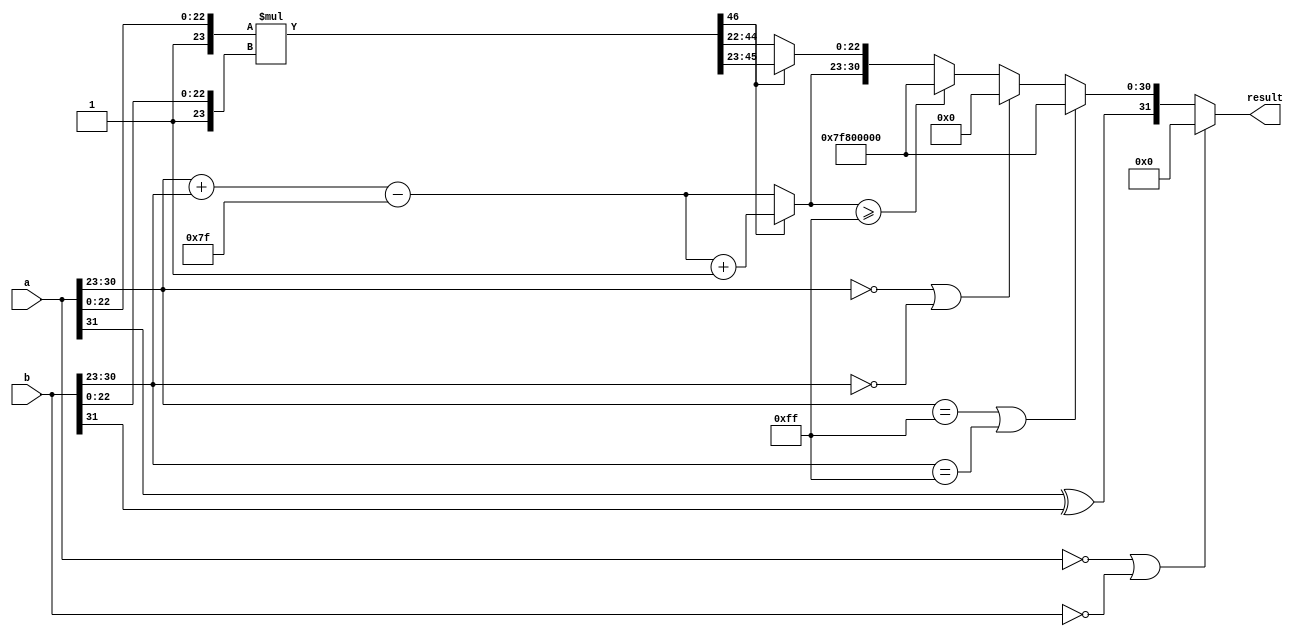
module floating_point_multiplier #(
    parameter EXPONENT_BITS = 8, // Number of exponent bits
    parameter MANTISSA_BITS = 23  // Number of mantissa bits
)(
    input wire [EXPONENT_BITS + MANTISSA_BITS:0] a, // First floating-point number
    input wire [EXPONENT_BITS + MANTISSA_BITS:0] b, // Second floating-point number
    output reg [EXPONENT_BITS + MANTISSA_BITS:0] result // Resulting floating-point number
);

    // Constants
    localparam BIAS = (1 << (EXPONENT_BITS - 1)) - 1;

    // Internal signals
    wire sign_a = a[EXPONENT_BITS + MANTISSA_BITS]; // Sign bit of a
    wire sign_b = b[EXPONENT_BITS + MANTISSA_BITS]; // Sign bit of b
    wire [EXPONENT_BITS - 1:0] exp_a = a[EXPONENT_BITS + MANTISSA_BITS - 1: MANTISSA_BITS]; // Exponent of a
    wire [EXPONENT_BITS - 1:0] exp_b = b[EXPONENT_BITS + MANTISSA_BITS - 1: MANTISSA_BITS]; // Exponent of b
    wire [MANTISSA_BITS:0] mant_a = {1'b1, a[MANTISSA_BITS - 1:0]}; // Mantissa of a with implicit leading 1
    wire [MANTISSA_BITS:0] mant_b = {1'b1, b[MANTISSA_BITS - 1:0]}; // Mantissa of b with implicit leading 1

    // Intermediate calculations
    wire sign_result = sign_a ^ sign_b; // Result sign
    wire [EXPONENT_BITS + 1:0] exp_result_raw = exp_a + exp_b - BIAS; // Raw exponent result
    wire [2*MANTISSA_BITS:0] mant_result_raw = mant_a * mant_b; // Raw mantissa result

    // Normalization and rounding
    reg [EXPONENT_BITS - 1:0] exp_result;
    reg [MANTISSA_BITS - 1:0] mant_result;

    always @* begin
        // Handle special cases
        if (a == 0 || b == 0) begin
            result = 0; // Zero case
        end else if (exp_a == {EXPONENT_BITS{1'b1}} || exp_b == {EXPONENT_BITS{1'b1}}) begin
            result = {sign_result, {EXPONENT_BITS{1'b1}}, {MANTISSA_BITS{1'b0}}}; // Infinity case
        end else if (exp_a == {EXPONENT_BITS{1'b0}} || exp_b == {EXPONENT_BITS{1'b0}}) begin
            result = {sign_result, {EXPONENT_BITS{1'b0}}, {MANTISSA_BITS{1'b0}}}; // Zero case
        end else begin
            // Normalization
            if (mant_result_raw[2*MANTISSA_BITS] == 1) begin
                // If the leading bit is 1, shift right
                mant_result = mant_result_raw[2*MANTISSA_BITS - 1:MANTISSA_BITS];
                exp_result = exp_result_raw + 1;
            end else begin
                // If the leading bit is 0, just take the mantissa
                mant_result = mant_result_raw[2*MANTISSA_BITS - 2:MANTISSA_BITS - 1];
                exp_result = exp_result_raw;
            end

            // Check for overflow in exponent
            if (exp_result >= {EXPONENT_BITS{1'b1}}) begin
                result = {sign_result, {EXPONENT_BITS{1'b1}}, {MANTISSA_BITS{1'b0}}}; // Set to infinity
            end else begin
                // Assemble the result
                result = {sign_result, exp_result, mant_result};
            end
        end
    end
endmodule